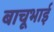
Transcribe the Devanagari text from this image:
बाचूभाई